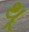
થૂ